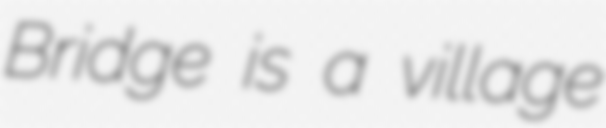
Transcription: Bridge is a village